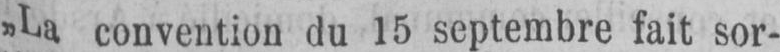
„La convention du 15 septembre fait sor-